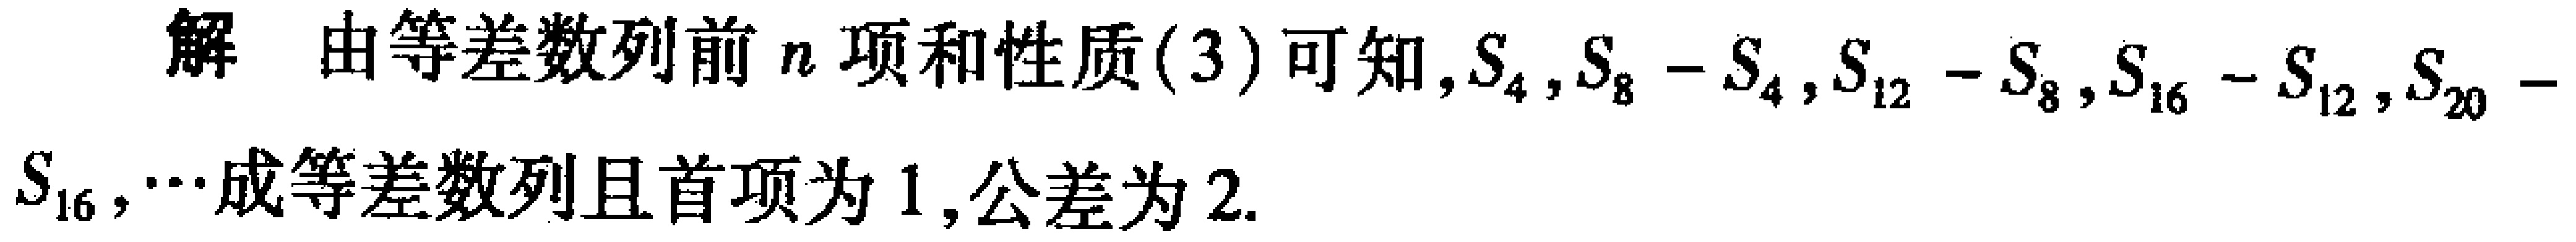
解 由等差数列前\(n\)项和性质(3)可知，\(S_{4},S_{8} - S_{4},S_{12} - S_{8},S_{16} - S_{12},S_{20}-S_{16},\cdots\)成等差数列且首项为\(1\)，公差为\(2\).